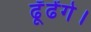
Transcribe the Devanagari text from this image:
ढूँढेंगे।